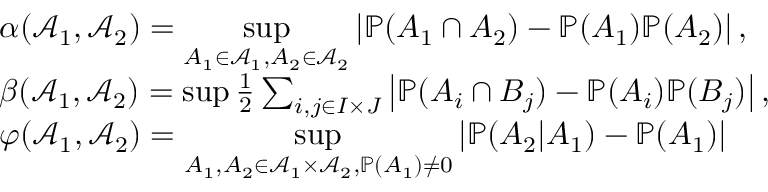
\begin{array} { r l } & { \alpha ( \mathcal { A } _ { 1 } , \mathcal { A } _ { 2 } ) = \underset { A _ { 1 } \in \mathcal { A } _ { 1 } , A _ { 2 } \in \mathcal { A } _ { 2 } } { \operatorname* { s u p } } \left| \mathbb { P } ( A _ { 1 } \cap A _ { 2 } ) - \mathbb { P } ( A _ { 1 } ) \mathbb { P } ( A _ { 2 } ) \right| , } \\ & { \beta ( \mathcal { A } _ { 1 } , \mathcal { A } _ { 2 } ) = \operatorname* { s u p } \frac { 1 } { 2 } \sum _ { i , j \in I \times J } \left| \mathbb { P } ( A _ { i } \cap B _ { j } ) - \mathbb { P } ( A _ { i } ) \mathbb { P } ( B _ { j } ) \right| , } \\ & { \varphi ( \mathcal { A } _ { 1 } , \mathcal { A } _ { 2 } ) = \underset { A _ { 1 } , A _ { 2 } \in \mathcal { A } _ { 1 } \times \mathcal { A } _ { 2 } , \mathbb { P } ( A _ { 1 } ) \neq 0 } { \operatorname* { s u p } } \left| \mathbb { P } ( A _ { 2 } | A _ { 1 } ) - \mathbb { P } ( A _ { 1 } ) \right| } \end{array}